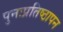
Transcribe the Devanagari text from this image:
पुनःप्रतिष्ठापन